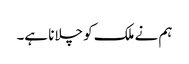
ہم نے ملک کو چلانا ہے۔